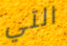
التي